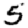
Digit: 5